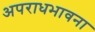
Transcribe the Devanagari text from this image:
अपराधभावना